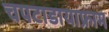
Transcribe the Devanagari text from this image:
चपटाडायाफ्राम